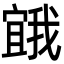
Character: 𭔒